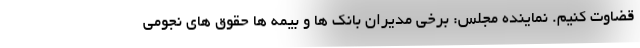
قضاوت کنیم. نماینده مجلس: برخی مدیران بانک ها و بیمه ها حقوق های نجومی